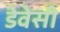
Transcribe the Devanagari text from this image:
डेवेसी